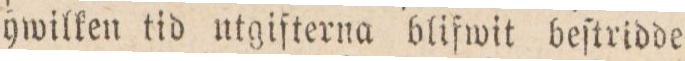
hwilken tid utgifterna blifwit beſtridde